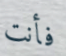
فأنت